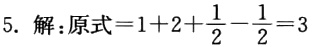
5. 解：原式\(=1 + 2+\frac{1}{2}-\frac{1}{2}=3\)